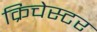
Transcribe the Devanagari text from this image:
क्रिचेस्टर